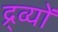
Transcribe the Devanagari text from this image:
द्र्व्यों